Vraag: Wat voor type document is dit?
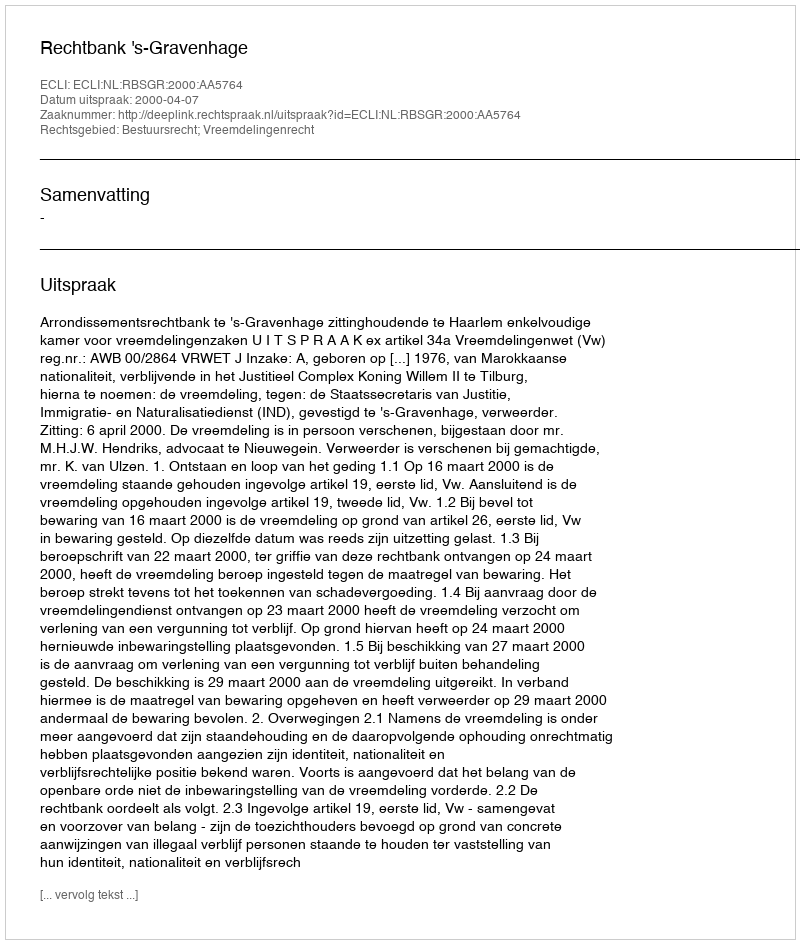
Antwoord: Uitspraak